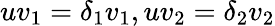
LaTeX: uv_{1}=\delta_{1}v_{1},uv_{2}=\delta_{2}v_{2}